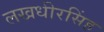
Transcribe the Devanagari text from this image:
लखधीरसिंह